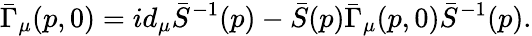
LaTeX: \bar{\Gamma}_{\mu}(p,0)=id_{\mu}\bar{S}^{-1}(p)-\bar{S}(p)\bar{\Gamma}_{\mu}(p,0)\bar{S}^{-1}(p).